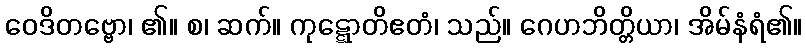
ဝေဒိတဗ္ဗော၊ ၏။ စ၊ ဆက်။ ကုဋ္ဋောတိဧတံ၊ သည်။ ဂေဟဘိတ္တိယာ၊ အိမ်နံရံ၏။